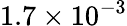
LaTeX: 1.7\times 10^{-3}